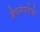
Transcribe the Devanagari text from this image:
जैवसंपदेचे